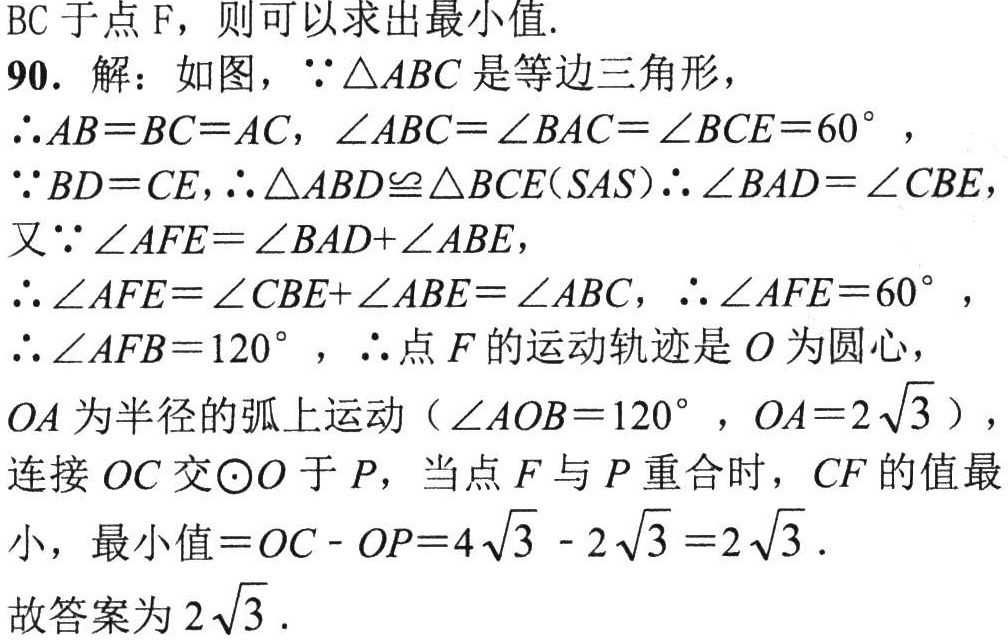
BC于点F，则可以求出最小值.
90. 解：如图，\(\because\triangle ABC\)是等边三角形，
\(\therefore AB = BC = AC\)，\(\angle ABC=\angle BAC=\angle BCE = 60^{\circ}\)，
\(\because BD = CE\)，\(\therefore\triangle ABD\cong\triangle BCE(SAS)\)\(\therefore\angle BAD=\angle CBE\)，
又\(\because\angle AFE=\angle BAD+\angle ABE\)，
\(\therefore\angle AFE=\angle CBE+\angle ABE=\angle ABC\)，\(\therefore\angle AFE = 60^{\circ}\)，
\(\therefore\angle AFB = 120^{\circ}\)，\(\therefore\)点\(F\)的运动轨迹是\(O\)为圆心，
\(OA\)为半径的弧上运动（\(\angle AOB = 120^{\circ}\)，\(OA = 2\sqrt{3}\)），
连接\(OC\)交\(\odot O\)于\(P\)，当点\(F\)与\(P\)重合时，\(CF\)的值最
小，最小值\(=OC - OP = 4\sqrt{3}-2\sqrt{3}=2\sqrt{3}\).
故答案为\(2\sqrt{3}\).